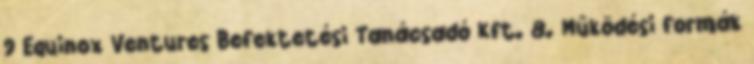
9 Equinox Ventures Befektetési Tanácsadó Kft. 8. Működési formák